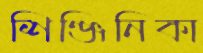
শিঞ্জিনিকা